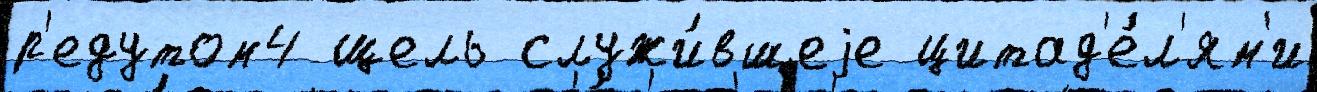
р'едутом4 щель служи́вшеjе цитад'е́л'ям'и